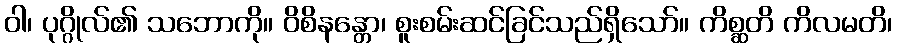
ဝါ၊ ပုဂ္ဂိုလ်၏ သဘောကို။ ဝိစိနန္တော၊ စူးစမ်းဆင်ခြင်သည်ရှိသော်။ ကိစ္ဆတိ ကိလမတိ၊